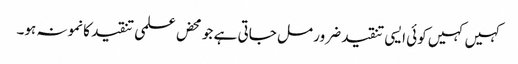
کہیں کہیں کوئی ایسی تنقید ضرور مل جاتی ہے جو محض علمی تنقید کا نمونہ ہو۔